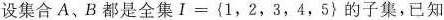
设集合A、B都是全集$$I=\left\{ 1,2,3,4,5\right\}的子集，已知